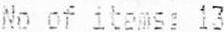
NO OF ITEMS: 13